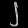
Digit: ၂